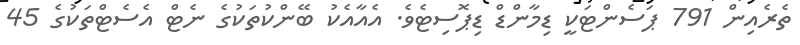
ތެރެއިން 791 ޕަސެންޓަކީ ޑިމާންޑް ޑިޕޮސިޓެވެ. އެއާއެކު ބޭންކުތަކުގެ ނެޓް އެސެޓްތަކުގެ 45